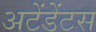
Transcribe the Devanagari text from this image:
अटेंडेंटस